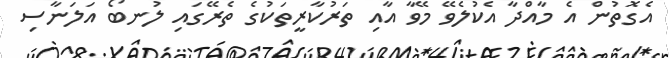
އެގޮތުން އެ މާއްދާ އެކުލެވޭ މޭވާ އާއި ތަރުކާރީތަކުގެ ތެރޭގައި ލުނބޯ އަލަނާސި